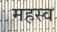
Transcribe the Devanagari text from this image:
महस्व